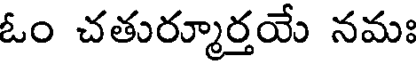
ఓం చతుర్మూర్తయే నమః